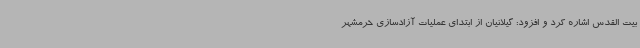
بیت القدس اشاره کرد و افزود: گیلانیان از ابتدای عملیات آزادسازی خرمشهر